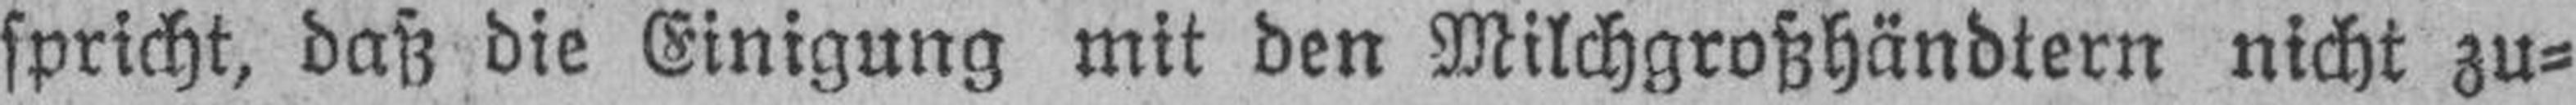
spricht, daß die Einigung mit den Milchgroßhändtern nicht zu¬